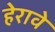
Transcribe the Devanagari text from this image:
हेरावे